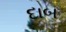
દાબ